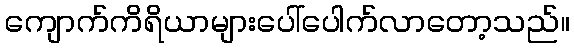
ကျောက်ကိရိယာများပေါ်ပေါက်လာတော့သည်။